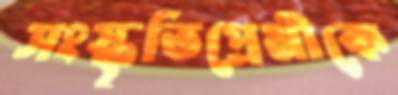
সংস্কৃতিপ্রেমীকে